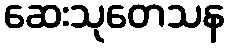
ဆေးသုတေသန